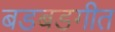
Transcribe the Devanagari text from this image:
बडबडगीत